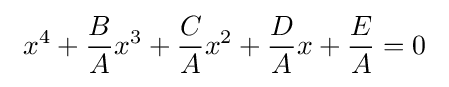
\ x^{4}+{B \over A}x^{3}+{C \over A}x^{2}+{D \over A}x+{E \over A}=0\